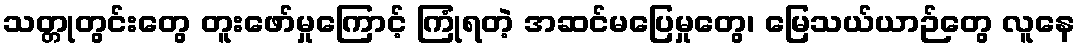
သတ္တုတွင်းတွေ တူးဖော်မှုကြောင့် ကြုံရတဲ့ အဆင်မပြေမှုတွေ၊ မြေသယ်ယာဉ်တွေ လူနေ